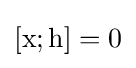
[\mathrm {x} ;\mathrm {h} ]=0